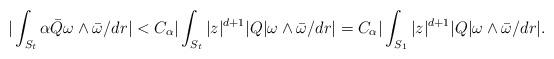
LaTeX: \begin{align*}|\int_{S_t} \alpha \bar Q \omega \wedge \bar \omega/dr| < C_\alpha|\int_{S_t} |z|^{d+1} |Q| \omega \wedge \bar \omega/dr| = C_\alpha|\int_{S_1} |z|^{d+1} |Q| \omega \wedge \bar \omega/dr|.\end{align*}